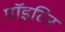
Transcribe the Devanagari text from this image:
पाॅइटिर